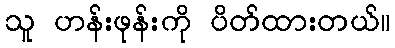
သူ ဟန်းဖုန်းကို ပိတ်ထားတယ်။